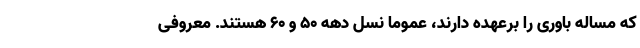
که مساله باوری را برعهده دارند، عموما نسل دهه ۵۰ و ۶۰ هستند. معروفی